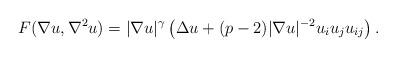
LaTeX: \begin{align*}F(\nabla u,\nabla^2 u)=|\nabla u|^{\gamma}\left(\Delta u + (p-2)|\nabla u|^{-2}u_iu_ju_{ij}\right).\end{align*}